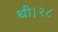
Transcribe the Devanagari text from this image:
थी।२८